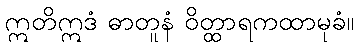
ဣတိဣဒံ ဓာတူနံ ဝိတ္ထာရကထာမုခံ။